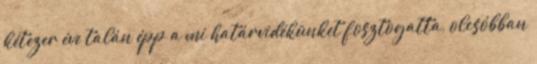
kétezer éve talán épp a mi határvidékünket fosztogatta, olcsóbban